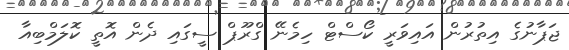
ޖަޕާނުގެ އިތުރުން އައިވަރީ ކޯސްޓް ހިމެނޭ ގްރޫޕް ސީގައި ދެން އޮތީ ކޮލަމްބިއާ